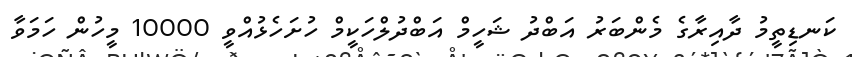
ކަނޑިތީމު ދާއިރާގެ މެންބަރު އަބްދު ޝަހީމް އަބްދުލްހަކީމް ހުށަހެޅުއްވީ 10000 މީހުން ހަމަވާ